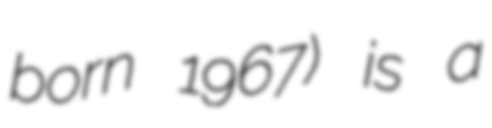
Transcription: born 1967) is a